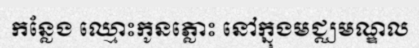
កន្លែង ឈ្មោះកូនភ្លោះ នៅក្នុងមជ្ឈមណ្ឌល